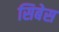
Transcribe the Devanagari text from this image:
सिबेस